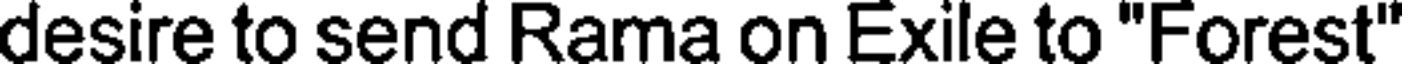
desire to send Rama on Exile to "Forest"